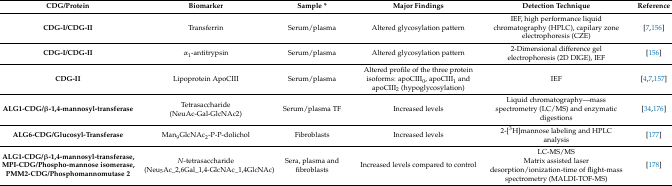
<table><thead><tr><td><b>CDG/Protein</b></td><td><b>Biomarker</b></td><td><b>Sample *</b></td><td><b>Major Findings</b></td><td><b>Detection Technique</b></td><td><b>Reference</b></td></tr></thead><tbody><tr><td><b>CDG-I/CDG-II</b></td><td>Transferrin</td><td>Serum/plasma</td><td>Altered glycosylation pattern</td><td>IEF, high performance liquid chromatography (HPLC), capilary zone electrophoresis (CZE)</td><td>[7,156]</td></tr><tr><td><b>CDG-I/CDG-II</b></td><td>α<sub>1</sub>-antitrypsin</td><td>Serum/plasma</td><td>Altered glycosylation pattern</td><td>2-Dimensional difference gel electrophoresis (2D DIGE), IEF</td><td>[156]</td></tr><tr><td><b>CDG-II</b></td><td>Lipoprotein ApoCIII</td><td>Serum/plasma</td><td>Altered profile of the three protein isoforms: apoCIII<sub>0</sub>, apoCIII<sub>1</sub> and apoCIII<sub>2</sub> (hypoglycosylation)</td><td>IEF</td><td>[4,7,157]</td></tr><tr><td><b>ALG1-CDG/β-1,4-mannosyl-transferase</b></td><td>Tetrasaccharide (NeuAc-Gal-GlcNAc2)</td><td>Serum/plasma TF</td><td>Increased levels</td><td>Liquid chromatography—mass spectrometry (LC/MS) and enzymatic digestions</td><td>[34,176]</td></tr><tr><td><b>ALG6-CDG/Glucosyl-Transferase</b></td><td>Man<sub>9</sub>GlcNAc<sub>2</sub>-P-P-dolichol</td><td>Fibroblasts</td><td>Increased levels</td><td>2-[<sup>3</sup>H]mannose labeling and HPLC analysis</td><td>[177]</td></tr><tr><td><b>ALG1-CDG/β-1,4-mannosyl-transferase, MPI-CDG/Phospho-mannose isomerase, PMM2-CDG/Phosphomannomutase 2</b></td><td><i>N</i>-tetrasaccharide(Neu<sub>5</sub>Ac_2,6Gal_1,4-GlcNAc_1,4GlcNAc)</td><td>Sera, plasma and fibroblasts</td><td>Increased levels compared to control</td><td>LC-MS/MSMatrix assisted laser desorption/ionization-time of flight-mass spectrometry (MALDI-TOF-MS)</td><td>[178]</td></tr></tbody></table>